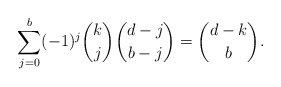
\begin{align*} \sum_{j=0}^b (-1)^j \binom{k}{j} \binom{d-j}{b-j} = \binom{d-k}{b}. \end{align*}